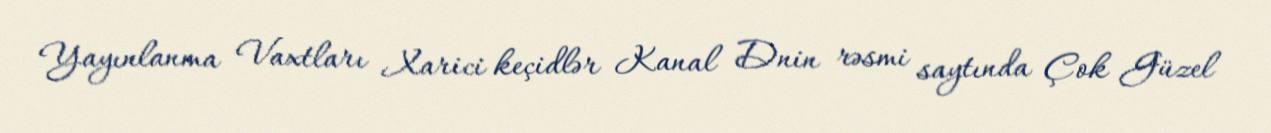
Yayınlanma Vaxtları Xarici keçidlər Kanal Dnin rəsmi saytında Çok Güzel